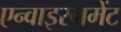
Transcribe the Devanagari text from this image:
एन्वाइरनमेंट